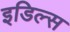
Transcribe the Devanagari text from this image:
इडिल्स